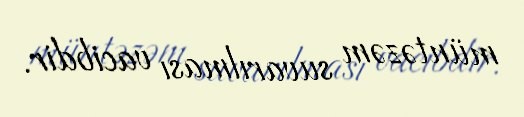
müntəzəm suvarılması vacibdir.